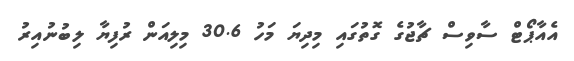
އެއާޕޯޓް ސާވިސް ޗާޖުގެ ގޮތުގައި މިދިޔަ މަހު 30.6 މިލިއަން ރުފިޔާ ލިބުނުއިރު